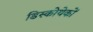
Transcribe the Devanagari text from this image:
डिस्कोथेकों